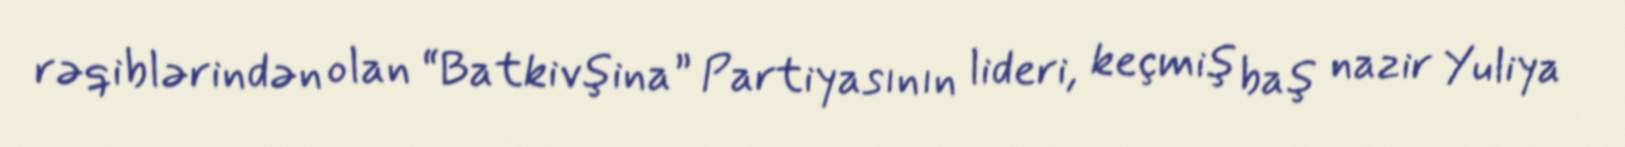
rəqiblərindən olan “Batkivşina” Partiyasının lideri, keçmiş baş nazir Yuliya